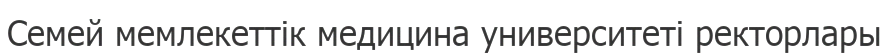
Семей мемлекеттік медицина университеті ректорлары